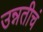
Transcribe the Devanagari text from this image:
उन्नतीचं